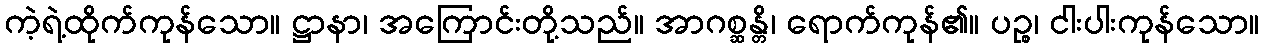
ကဲ့ရဲ့ထိုက်ကုန်သော။ ဋ္ဌာနာ၊ အကြောင်းတို့သည်။ အာဂစ္ဆန္တိ၊ ရောက်ကုန်၏။ ပဉ္စ၊ ငါးပါးကုန်သော။